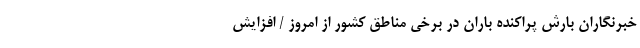
خبرنگاران بارش پراکنده باران در برخی مناطق کشور از امروز / افزایش